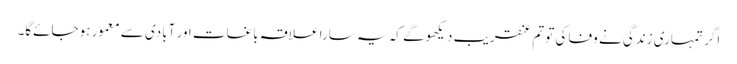
اگر تمہاری زندگی نے وفا کی تو تم عنقریب دیکھوگے کہ یہ سارا علاقہ باغات اور آبادی سے معمور ہوجائےگا۔